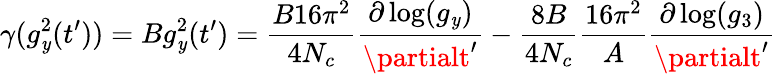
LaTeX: \gamma(g_{\mathit{y}}^{2}(t^{\prime}))=Bg_{\mathit{y}}^{2}(t^{\prime})=\frac{{B16\pi^{2}}}{{4N_{c}}}\frac{{\partial\log(g_{\mathit{y}})}}{{\partialt^{\prime}}}-\frac{{8B}}{{4N_{c}}}\frac{{16\pi^{2}}}{{A}}\frac{{\partial\log(g_{3})}}{{\partialt^{\prime}}}